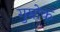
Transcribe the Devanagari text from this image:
गुम्रोक